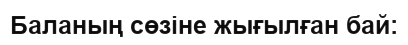
Баланың сөзіне жығылған бай: